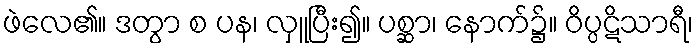
ဖဲလေ၏။ ဒတွာ စ ပန၊ လှူပြီး၍။ ပစ္ဆာ၊ နောက်၌။ ဝိပ္ပဋိသာရီ၊